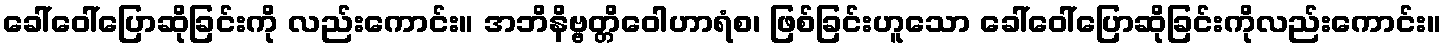
ခေါ်ဝေါ်ပြောဆိုခြင်းကို လည်းကောင်း။ အဘိနိဗ္ဗတ္တိဝေါဟာရံစ၊ ဖြစ်ခြင်းဟူသော ခေါ်ဝေါ်ပြောဆိုခြင်းကိုလည်းကောင်း။